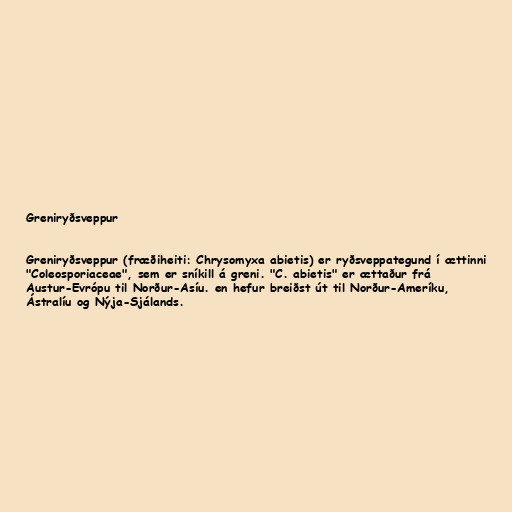
Greniryðsveppur

Greniryðsveppur (fræðiheiti: Chrysomyxa abietis) er ryðsveppategund í ættinni
"Coleosporiaceae", sem er sníkill á greni. "C. abietis" er ættaður frá
Austur-Evrópu til Norður-Asíu. en hefur breiðst út til Norður-Ameríku,
Ástralíu og Nýja-Sjálands.